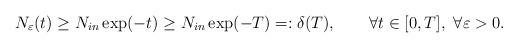
LaTeX: \begin{align*}N_\varepsilon(t) \geq N_{in}\exp(-t)\geq N_{in}\exp(-T)=: \delta(T),\qquad\forall t\in[0,T],\ \forall\varepsilon>0.\end{align*}